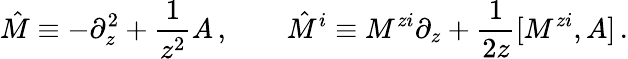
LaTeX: \hat{M}\equiv-\partial_{z}^{2}+\frac{1}{z^{2}}A\, ,\qquad\hat{M}^{i}\equiv M^{zi}\partial_{z}+\frac{1}{2z}[M^{zi},A]\, .